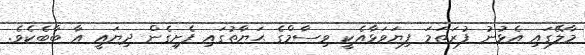
މާލޭގައި އެޅުނު ފުރަތަމަ ފިޔަވަޅާއެކީ ވިސާމްގެ ޙަޔާތުގައި ފެށިގެން ދިޔައީ އާ ބާބެކެވެ.